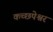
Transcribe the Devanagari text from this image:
कच्छपेश्वर